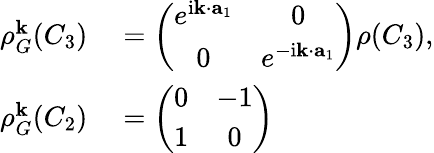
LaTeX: \begin{array}{rl}{\rho_{G}^{\mathbf k}(C_{3})}&{{}=\left(\begin{array}{cc}{e^{\mathrm{i}{\mathbf k}\cdot{\mathbf a_{1}}}}&{0}\\ {0}&{e^{-\mathrm{i}{\mathbf k}\cdot{\mathbf a_{1}}}}\end{array}\right)\rho(C_{3}),}\\ {\rho_{G}^{\mathbf k}(C_{2})}&{{}=\left(\begin{array}{cc}{0}&{-1}\\ {1}&{0}\end{array}\right)}\end{array}